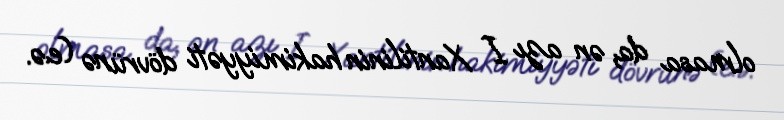
olmasa da, ən azı I Xantilinin hakimiyyəti dövrünə (e.ə.